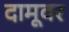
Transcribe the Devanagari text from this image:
दामूवर